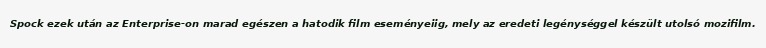
Spock ezek után az Enterprise-on marad egészen a hatodik film eseményeiig, mely az eredeti legénységgel készült utolsó mozifilm.